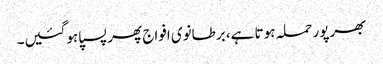
بھرپور حملہ ہوتا ہے، برطانوی افواج پھر پسپا ہوگئیں۔